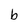
Character: b